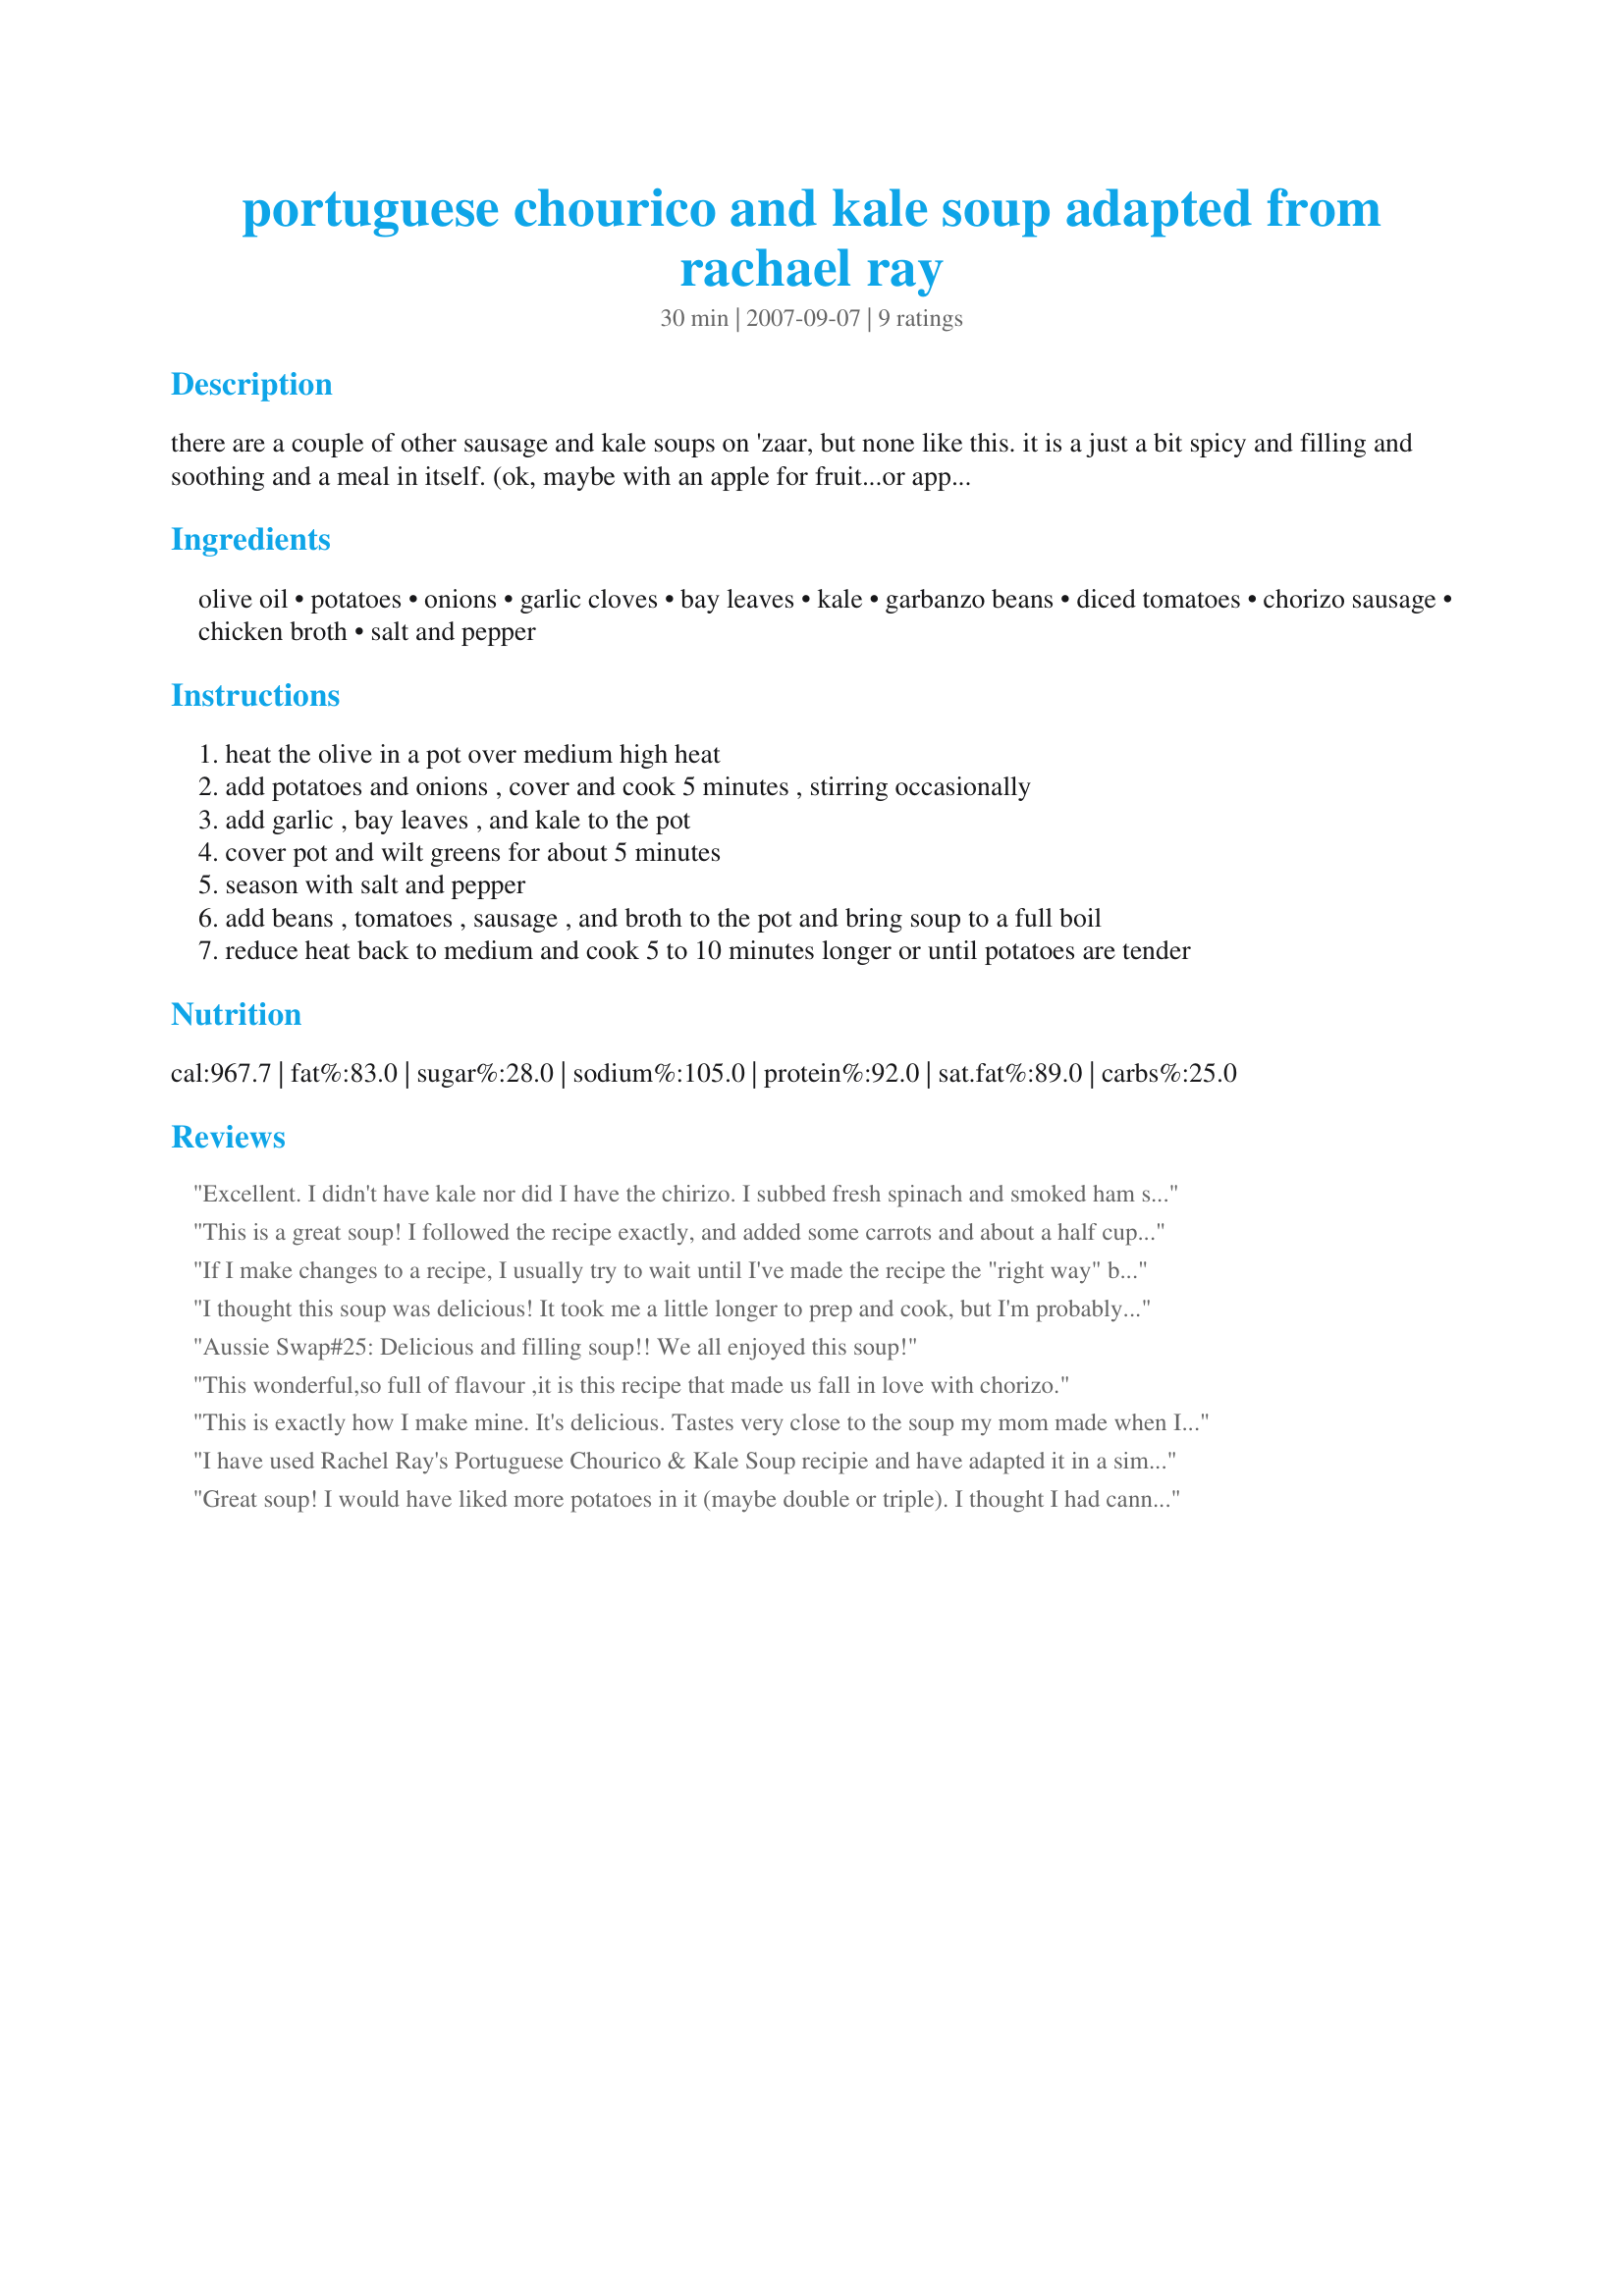
portuguese chourico and kale soup adapted from rachael ray
Preparation time: 30 minutes

there are a couple of other sausage and kale soups on 'zaar, but none like this. it is a just a bit spicy and filling and soothing and a meal in itself. (ok, maybe with an apple for fruit...or apple pie! :-)

Ingredients:
olive oil, potatoes, onions, garlic cloves, bay leaves, kale, garbanzo beans, diced tomatoes, chorizo sausage, chicken broth, salt and pepper

Steps:
heat the olive in a pot over medium high heat
add potatoes and onions , cover and cook 5 minutes , stirring occasionally
add garlic , bay leaves , and kale to the pot
cover pot and wilt greens for about 5 minutes
season with salt and pepper
add beans , tomatoes , sausage , and broth to the pot and bring soup to a full boil
reduce heat back to medium and cook 5 to 10 minutes longer or until potatoes are tender

Reviews:
Excellent. I didn't have kale nor did I have the chirizo. I subbed fresh spinach and smoked ham shoulder in equal amounts. I noted that another reviewer had added carrots and balsamic vinegar, which I had found to be a nice addition. I also let this simmer covered for a very long time >1 hour, it really brought everything together nicely. We will be having this again, served with Favorite Cornbread from this site. Thanks for sharing!
This is a great soup! I followed the recipe exactly, and added some carrots and about a half cup of cooked rice. Like other reviewers, I really liked that this one contained tomatoes. A bit different, but in a good way! Thanks for the recipe...
If I make changes to a recipe, I usually try to wait until I've made the recipe the "right way" before reviewing, but this time - having substituted carrots for potatoes only - I'm not waiting. The major distinction I saw between this and other kale soup recipes on the site was the addition of the diced tomatoes, which is just lovely. With the slightly bitter kale, the neutral beans and meaty sausage (oh, that's another change: I browned and crisped the sausage first, removed it from the pan and let people sprinkle the crunchy bits on the tops of their bowls at the end), the soup needs something bright and acidic like the tomatoes. To be honest, a shot of balsamic in individual bowls balances flavors even better, but this recipe can stand solidly on its own. I'll make this soup again, I'm sure, with only slight tweaks like the balsamic, and maybe some boullion or soy to boost umami.
I thought this soup was delicious! It took me a little longer to prep and cook, but I'm probably not as fast as Rachael Ray! I used some kale and some beet greens, and didn't have true chorizo, so instead used a spicy Italian sausage that I had available. This was a filling and satisfying lunch! Thanks so much, BarbryT!
Made for PAC Spring 2008.
Aussie Swap#25: Delicious and filling soup!! We all enjoyed this soup!
This wonderful,so full of flavour ,it is this recipe that made us fall in love with chorizo.
This is exactly how I make mine. It's delicious. Tastes very close to the soup my mom made when I was growing up. The tomatoes are a perfect addition!
I have used Rachel Ray's Portuguese Chourico & Kale Soup recipie and have adapted it in a simular way. Although I use Linguicia & add carrotts. It's a great receipe and I make it all the time.
Great soup! I would have liked more potatoes in it (maybe double or triple). I thought I had cannelini beans, but only had garbanzos, so I used those, though I think this would be even better with the cannelinis. It took an hour to make, but I was prepared for that, since I had read reviews on Food Network's site (and it makes sense that prep takes longer than 10 minutes -- really about 25 minutes, and that potatoes take longer to cook than stated). I used chicken chorizo. I have never bought chorizo before, so mistakenly ended up with the raw Mexican kind, that you squeeze out of its casing and cook first. Nonetheless, it imparted a wonderful smoky flavor, which permeated the entire dish. It is good that I only used half a pound of it though, since that made it plenty spicy. When I make this again, I will skip the beginning steps where the potatoes are in the pot without liquid, it stuck really bad and burned onto the pot, despite stirring frequently. The recipe makes a lot, enough for 6 big eaters. With the chicken chorizo I used (and the fact that this feeds 6), fat is only 9 grams per serving. I definitely recommend this yummy soup!
